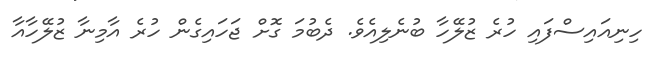
ހިނިއައިސްފައި ހުރެ ޒުލޭހާ ބުނެލިއެވެ. ދެބުމަ ގޮށް ޖަހައިގެން ހުރެ އާމިނާ ޒުލޭހާއާ